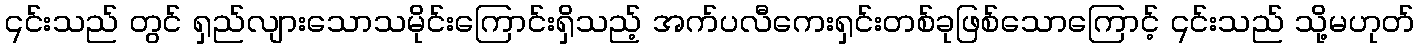
၎င်းသည် တွင် ရှည်လျားသောသမိုင်းကြောင်းရှိသည့် အက်ပလီကေးရှင်းတစ်ခုဖြစ်သောကြောင့် ၎င်းသည် သို့မဟုတ်